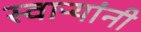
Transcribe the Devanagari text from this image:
स्वाऱ्यांनी